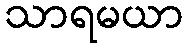
သာရမယာ